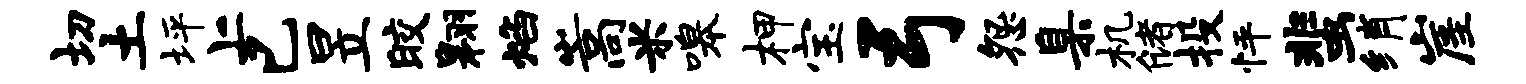
切土坪上已昱皎翱焰嵩米嗥柙宝弓怨臬机储投怦蜚绡崖